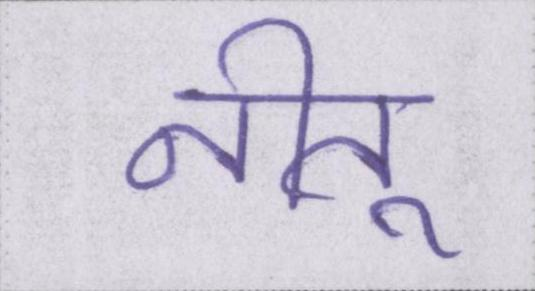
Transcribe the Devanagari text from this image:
नीतू